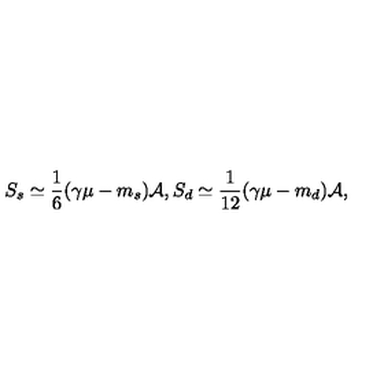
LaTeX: S _ { s } \simeq { \frac { 1 } { 6 } } ( \gamma \mu - m _ { s } ) { \cal A } , S _ { d } \simeq { \frac { 1 } { 1 2 } } ( \gamma \mu - m _ { d } ) { \cal A } ,